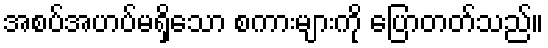
အစပ်အဟပ်မရှိသော စကားများကို ပြောတတ်သည်။